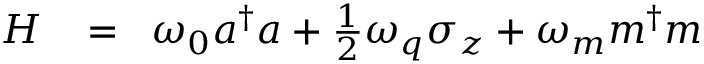
\begin{array} { r l r } { H } & { { } \! = } & { \! \omega _ { 0 } a ^ { \dag } a + \frac { 1 } { 2 } \omega _ { q } \sigma _ { z } + \omega _ { m } m ^ { \dag } m } \end{array}